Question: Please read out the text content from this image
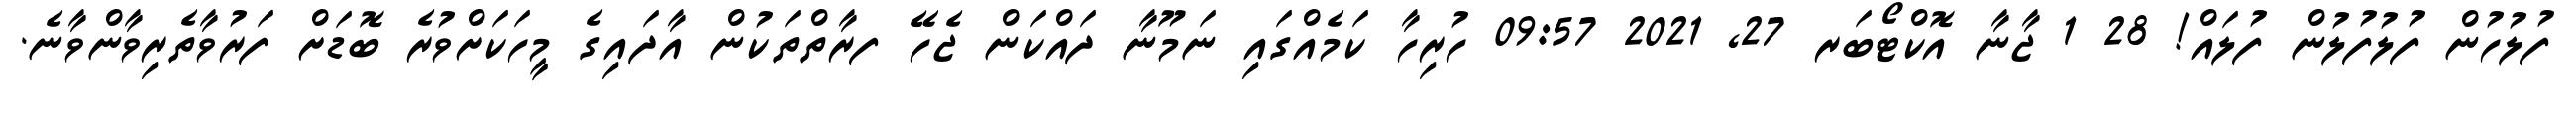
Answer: ފުލުހުން ފުލުފުލުން ފުލައް! 28 1 ޖާނާ އޮކްޓޯބަރ 27, 2021 09:57 ހުރިހާ ކަމެއްގައި ނަމޫނާ ދައްކަން ޖެހޭ ފރާތްތަކުން އާދައިގެ މީހަކަށްވުރެ ބޮޑަށް ފަރުވާތެރިވާންވާނެ.